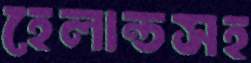
হেলান্ডসহ